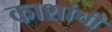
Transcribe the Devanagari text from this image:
काशांचीं